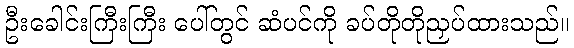
ဦးခေါင်းကြီးကြီး ပေါ်တွင် ဆံပင်ကို ခပ်တိုတိုညှပ်ထားသည်။